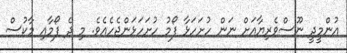
އުންމީދީ ނޫސްވެރިޔާއަށް ނަން ހުށަހަޅާ ފޯމު ހުށަހަޅަންޖެހެއެވެ. މި ދެ ފޯމާއި މާކުސް